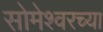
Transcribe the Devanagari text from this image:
सोमेश्वरच्या